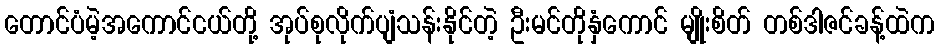
တောင်ပံမဲ့အကောင်ငယ်တို့ အုပ်စုလိုက်ပျံသန်းနိုင်တဲ့ ဦးမင်တိုနှံကောင် မျိုးစိတ် တစ်ဒါဇင်ခန့်ထဲက